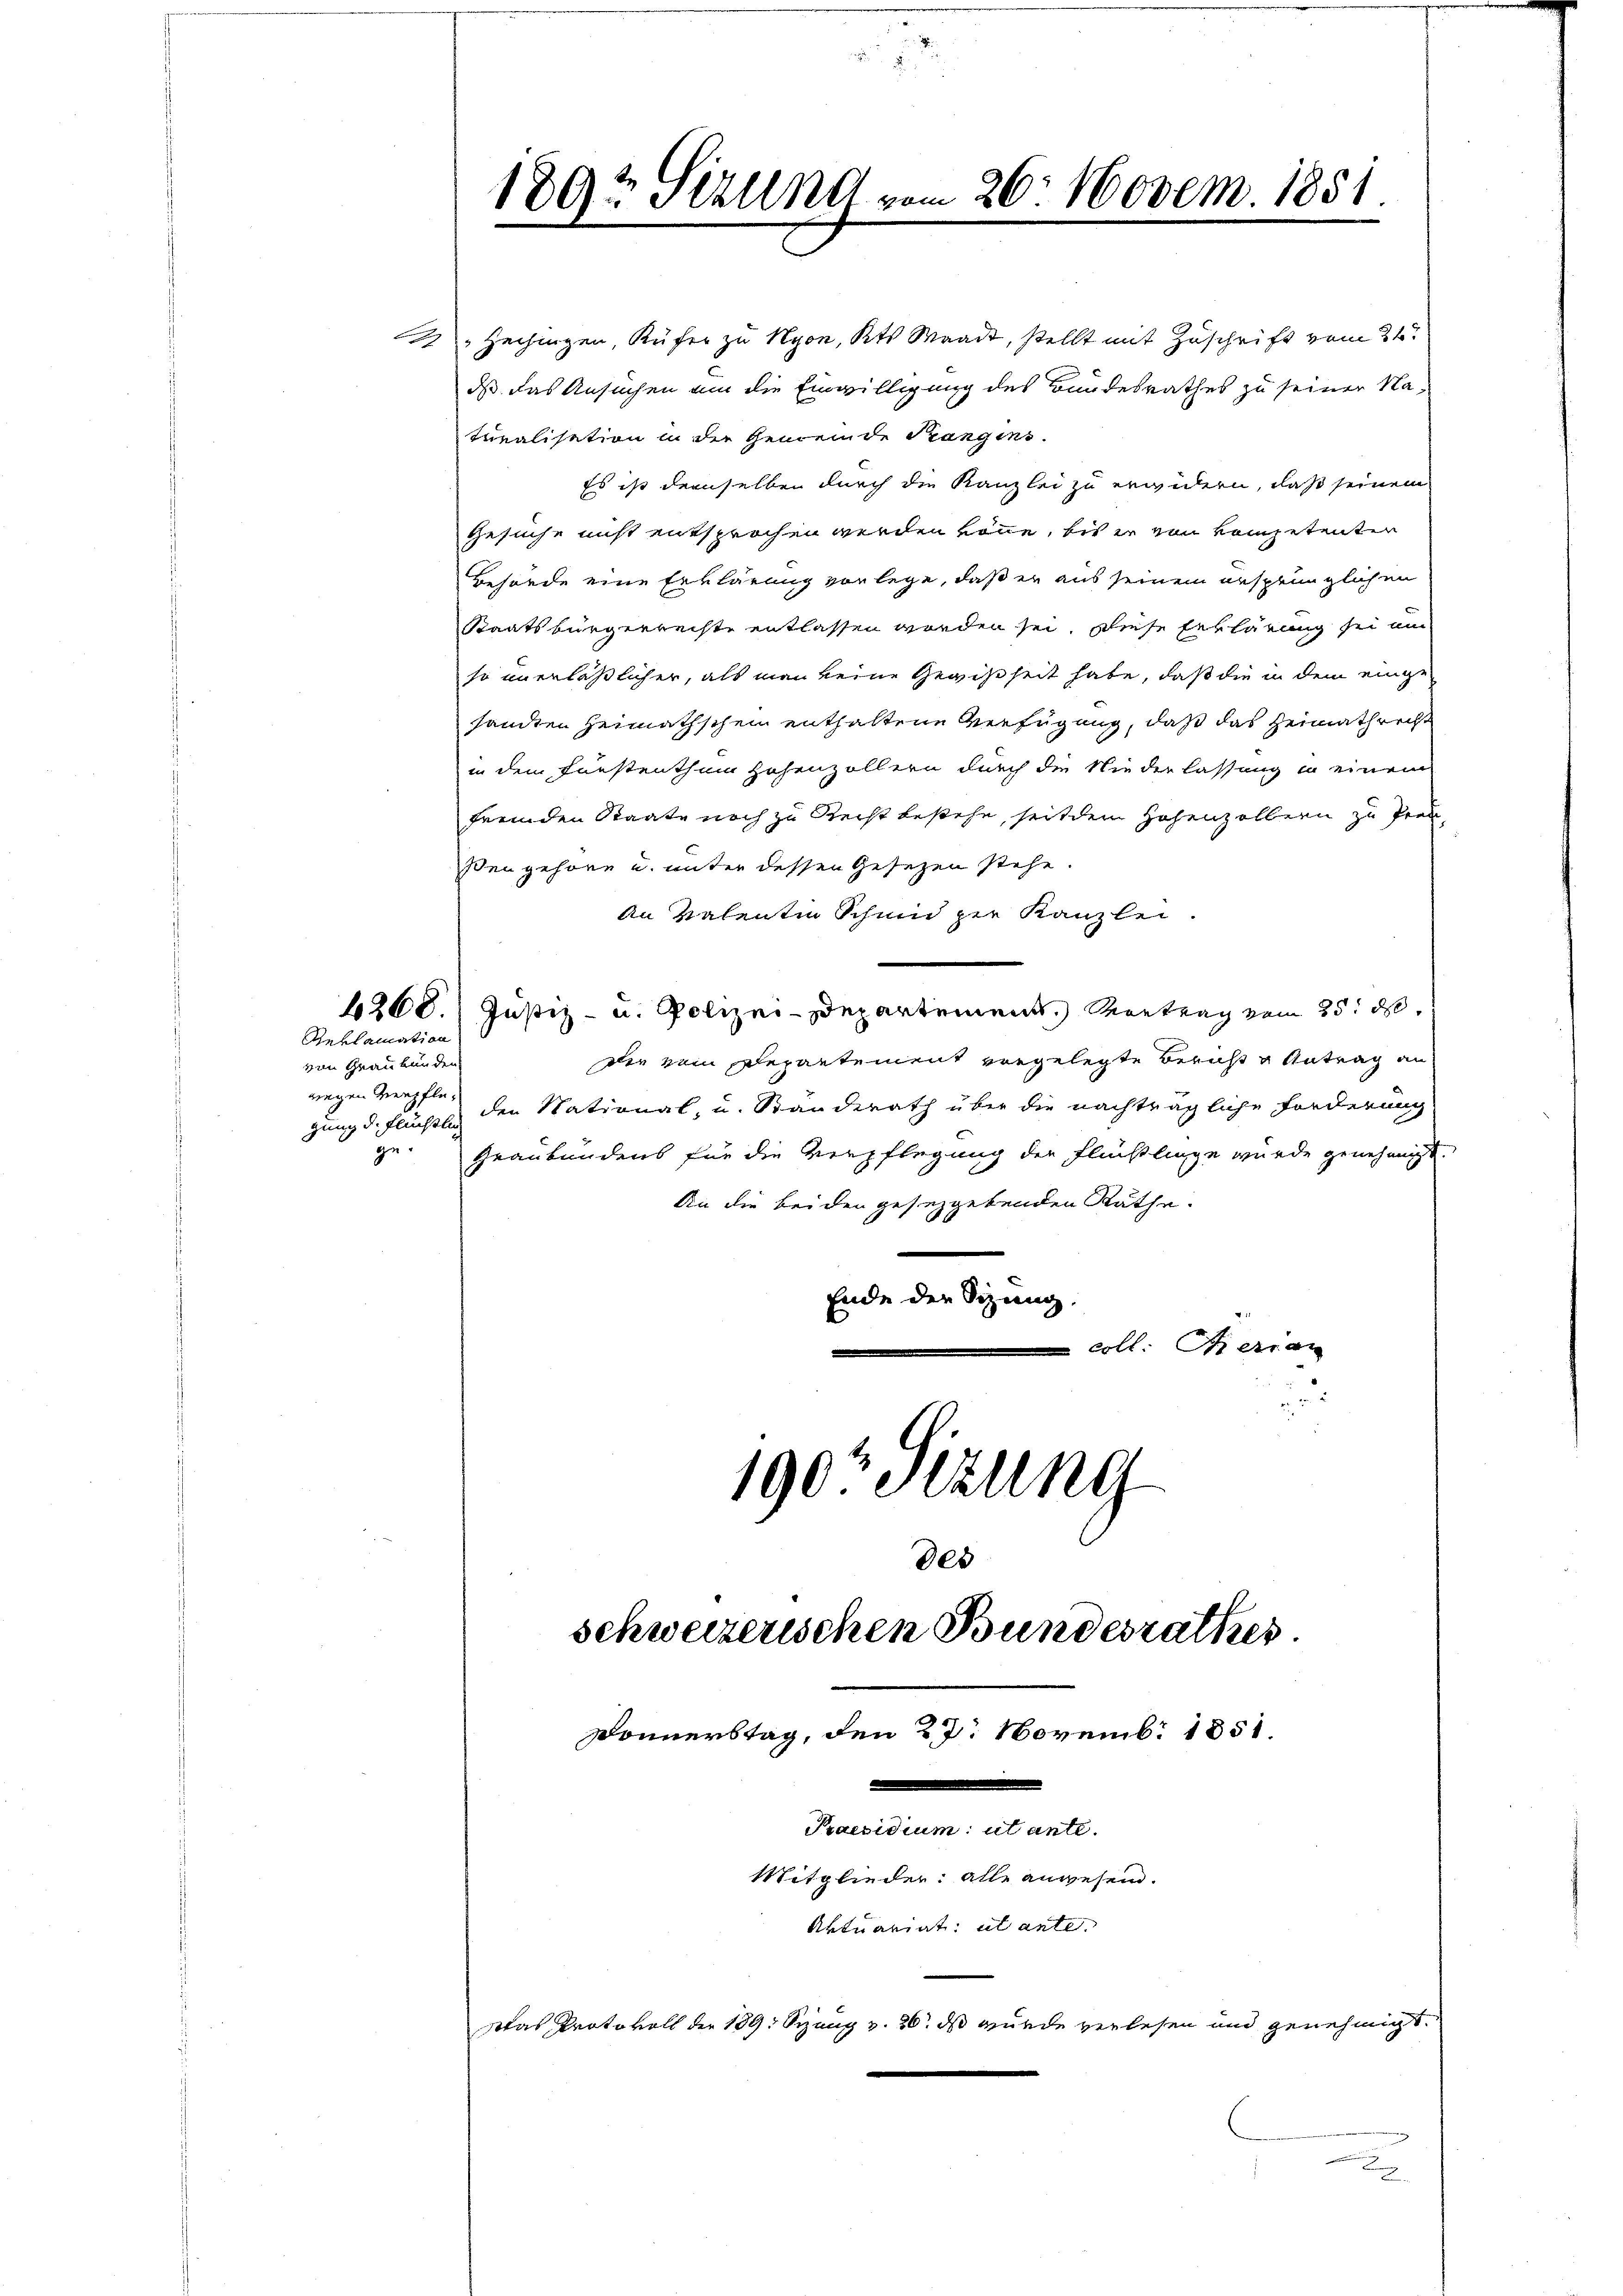
1 Zechingen, Küfer zu Nyon, Kts. Waadt, stellt mit Zuschrift vom 21.
dass das Ansuchen um die Einwilligung des Bundesrathes zu seiner Naturalisation in der Gemeinde Prangins.
Es ist demselben durch die Kanzlei zu erwidern, daß seinem
Gesuche nicht entsprochen werden könne, bis er von kompetenten
Behörde eine Erklärung vorlege, daß er aus seinem ursprünglichen
Staatsbürgerrechte entlassen worden sei. Diese Erklärung sei um
so unerläßlicher, als man keine Gewißheit habe, daß die in dem eingesandten Heimathschein enthaltene Verfügung, daß das Heimathrecht
in dem Kunstenthum Hohenzöllern durch die Niederlassung in einem
fremden Staate noch zu Recht bestehe, seit dem Hohenzollern zu Preußengehöre u. unter dessen Gesetzen stehe.
An valentin Schmid per Kanzlei.
6360. Justiz- u. Polizei-Departement. Vortrag vom 25. d.
Reklamation
die vom Departement vorgelegte Bericht u Antrag an
von Graubünden
wegen Verpflegung d. Flüchten den National, u. Standerath über die nachträgliche Forderung
Graubündens für die Verpflegung der Flüchtlinge wurde genehmigt.
ge
An die beiden gesezgetenden Räthe.
Ende der Sizung.
 coll. Derren

189? Sizung vom 26. Novem. 1851.

190 Sizung
des
schweizerischen Bundesrathes.
Donnerstag, den 27. Novemb. 1851.
Praesidium ut ante.
Mitglieder: alle angesen.
Aktuariat, ut ante.
Das Protokoll der 189. Sizung v. 26. ds wurde verlesen und genehmigt.